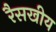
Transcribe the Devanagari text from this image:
रैसखीय